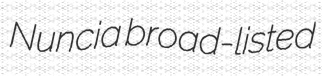
Nuncia broad-listed